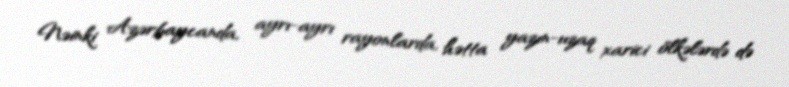
Nəinki Azərbaycanda, ayrı-ayrı rayonlarda, hətta yazın-uzaq xarici ölkələrdə də